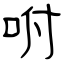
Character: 咐